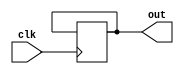
module fsm(input clk, output reg [3:0] out);
parameter first=4'b1000,
            second=4'b1100,
            third=4'b0100,
            fourth=4'b0010,
            fifth=4'b0011,
            sixth=4'b0001,
            seventh=4'b1001;
        reg [3:0]state,next_state;
        always@(posedge clk)
            state<=out;
        always@(state)
        begin
        next_state=first;
        case(state)
        first: next_state=second;
        second: next_state=third;
        third: next_state=fourth;
        fourth: next_state=fifth;
        fifth: next_state=sixth;
        sixth: next_state=seventh;
        seventh: next_state=first;
        endcase
        end
        assign out=state[3:0];
endmodule